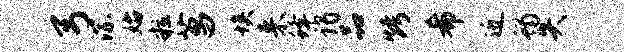
弓淙始粒菖埃来蜂谒品烤希近蝎失